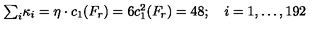
\textstyle { \sum _ { i } } \kappa _ { i } = \eta \cdot c _ { 1 } ( F _ { r } ) = 6 c _ { 1 } ^ { 2 } ( F _ { r } ) = 4 8 ; \quad i = 1 , \ldots , 1 9 2